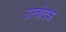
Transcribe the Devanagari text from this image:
उल्वोदक